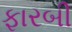
ફારબી